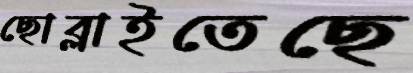
ছোব্‌লাইতেছে